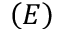
\left( E \right)